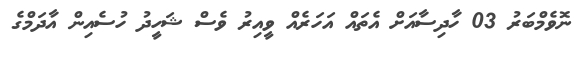
ނޮވެމްބަރު 03 ހާދިސާއަށް އެތައް އަހަރެއް ވީއިރު ވެސް ޝަހީދު ހުސެއިން އާދަމްގެ